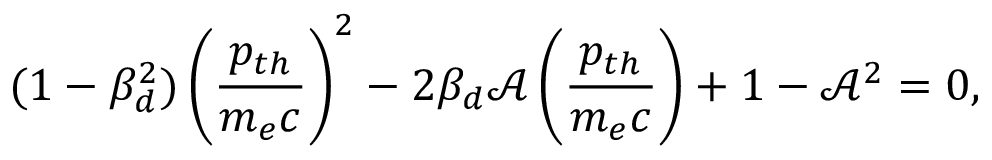
( 1 - \beta _ { d } ^ { 2 } ) \left( \frac { p _ { t h } } { m _ { e } c } \right) ^ { 2 } - 2 \beta _ { d } \mathcal { A } \left( \frac { p _ { t h } } { m _ { e } c } \right) + 1 - \mathcal { A } ^ { 2 } = 0 ,